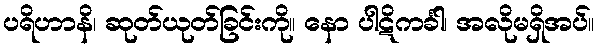
ပရိဟာနိ၊ ဆုတ်ယုတ်ခြင်းကို။ နော ပါဋိကင်္ခါ၊ အလိုမရှိအပ်။